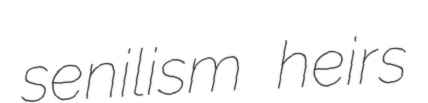
senilism heirs